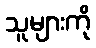
သူများကို